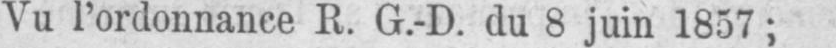
Vu l’ordonnance R. G.-D. du 8 juin 1857;